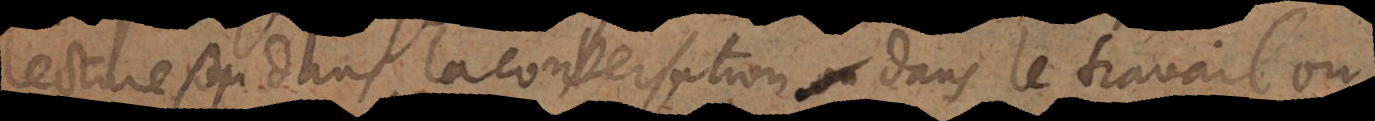
lecture, dans la conversation, ou dans le travail ou